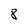
Character: 8